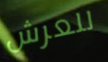
للعرش